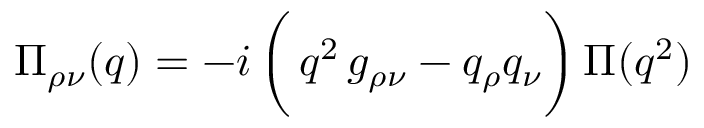
{ \Pi } _ { \rho \nu } ( q ) = - i \, \biggl ( \, q ^ { 2 } \, g _ { \rho \nu } - q _ { \rho } q _ { \nu } \biggr ) \, \Pi ( q ^ { 2 } )